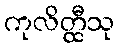
ကုလိတ္ထီသု